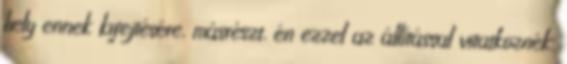
hely ennek kifejtésére, másrészt, én ezzel az állítással vitatkoznék,